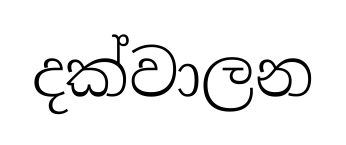
දක්වාලන